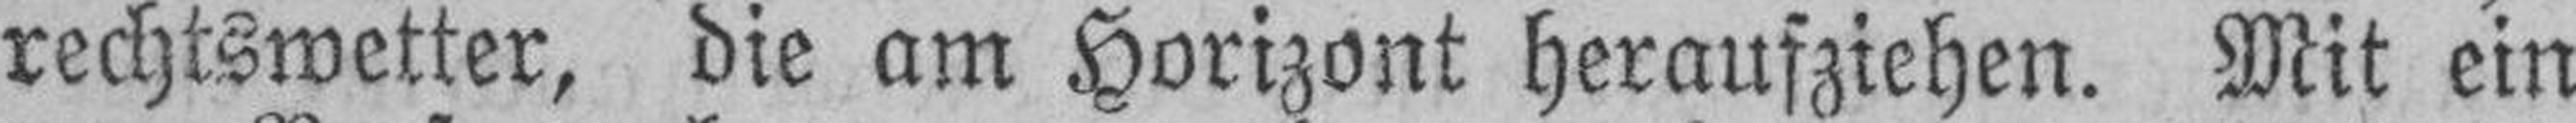
rechtswetter, die am Horizont Heraufziehen. Mit ein